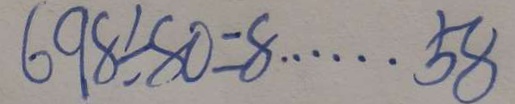
6 9 8 \div 8 0 = 8 \cdots 5 8